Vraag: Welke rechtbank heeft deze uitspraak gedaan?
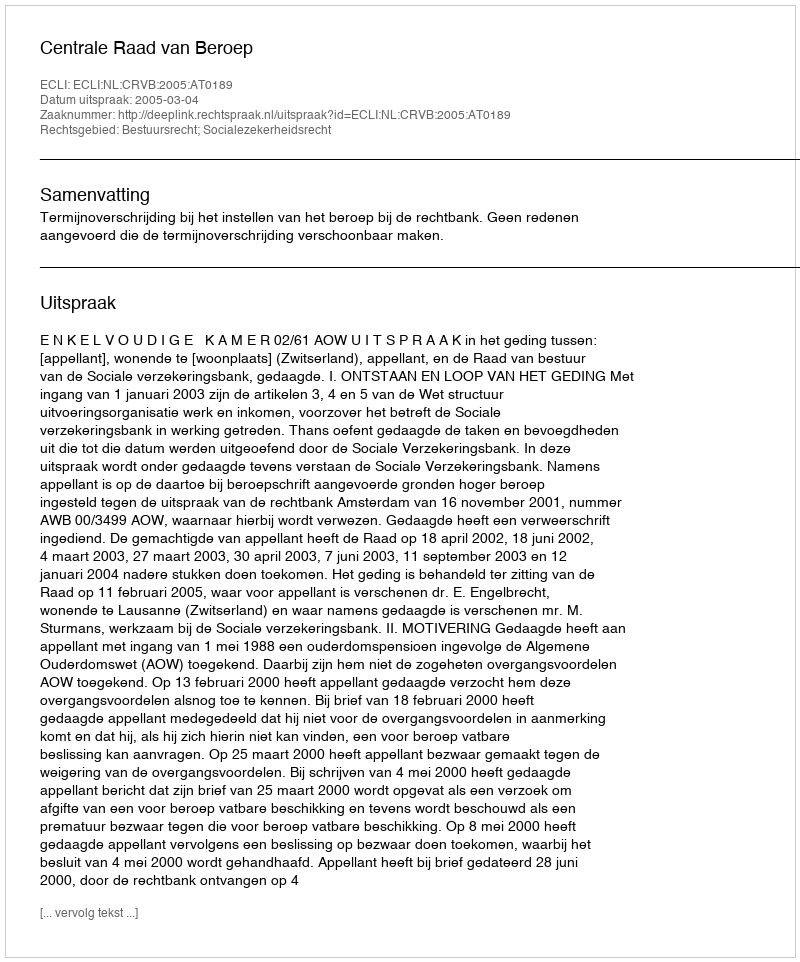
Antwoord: Centrale Raad van Beroep